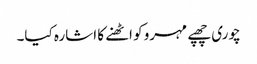
چوری چھپے مہرو کو اٹھنے کا اشارہ کیا۔